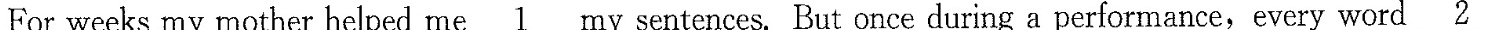
For weeks my mother helped me \underline{1} my sentences, But once during a performance, every word \underline{2}